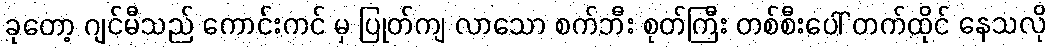
ခုတော့ ဂျင်မီသည် ကောင်းကင် မှ ပြုတ်ကျ လာသော စက်ဘီး စုတ်ကြီး တစ်စီးပေါ် တက်ထိုင် နေသလို